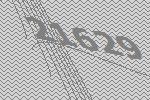
21629